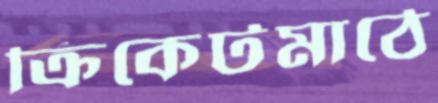
ক্রিকেটমাঠে